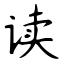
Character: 读